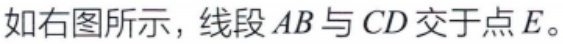
如右图所示，线段 \(AB\) 与 \(CD\) 交于点 \(E\)。